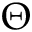
\Theta